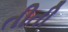
તીતી